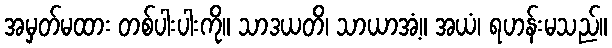
အမှတ်မထား တစ်ပါးပါးကို။ သာဒယတိ၊ သာယာအံ့။ အယံ၊ ရဟန်းမသည်။